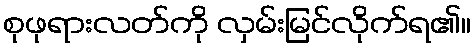
စုဖုရားလတ်ကို လှမ်းမြင်လိုက်ရ၏။